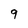
Character: q